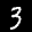
Label: 3